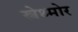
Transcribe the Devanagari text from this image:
स्त्रेथ्मोर